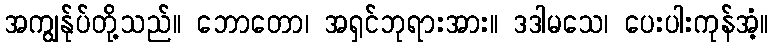
အကျွန်ုပ်တို့သည်။ ဘောတော၊ အရှင်ဘုရားအား။ ဒဒါမသေ၊ ပေးပါးကုန်အံ့။